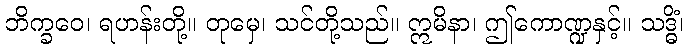
ဘိက္ခဝေ၊ ရဟန်းတို့။ တုမှေ၊ သင်တို့သည်။ ဣမိနာ၊ ဤကောဏ္ဍနှင့်။ သဒ္ဓိံ၊